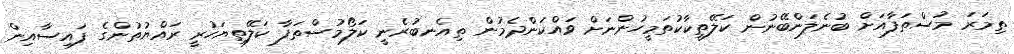
ތިމަރަ މުސްތަފާއަށް ބުނެލަންބޭނުން ކަލޭތީކާކުތަމީހުންނަށް ވައްކަންދެމުން ތިއެނބުރެނީ ކަލޯމުސްތަފާ ކަލޭތިޔަހުރީ ރައްޔުތުންގެ ފައިސާއިން